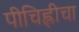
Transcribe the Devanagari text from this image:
पीचिह्लीचा